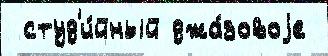
 студ'и́йный джа́зовоjе